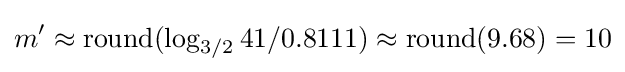
m^{\prime }\approx \operatorname {round} (\log _{3/2}41/0.8111)\approx \operatorname {round} (9.68)=10